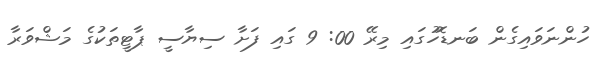
ހުންނަވައިގެން ބަނޑޮހުގައި މިރޭ 00: 9 ގައި ފަށާ ސިޔާސީ ޕާޓީތަކުގެ މަޝްވަރާ